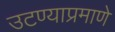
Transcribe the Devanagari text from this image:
उटण्याप्रमाणे